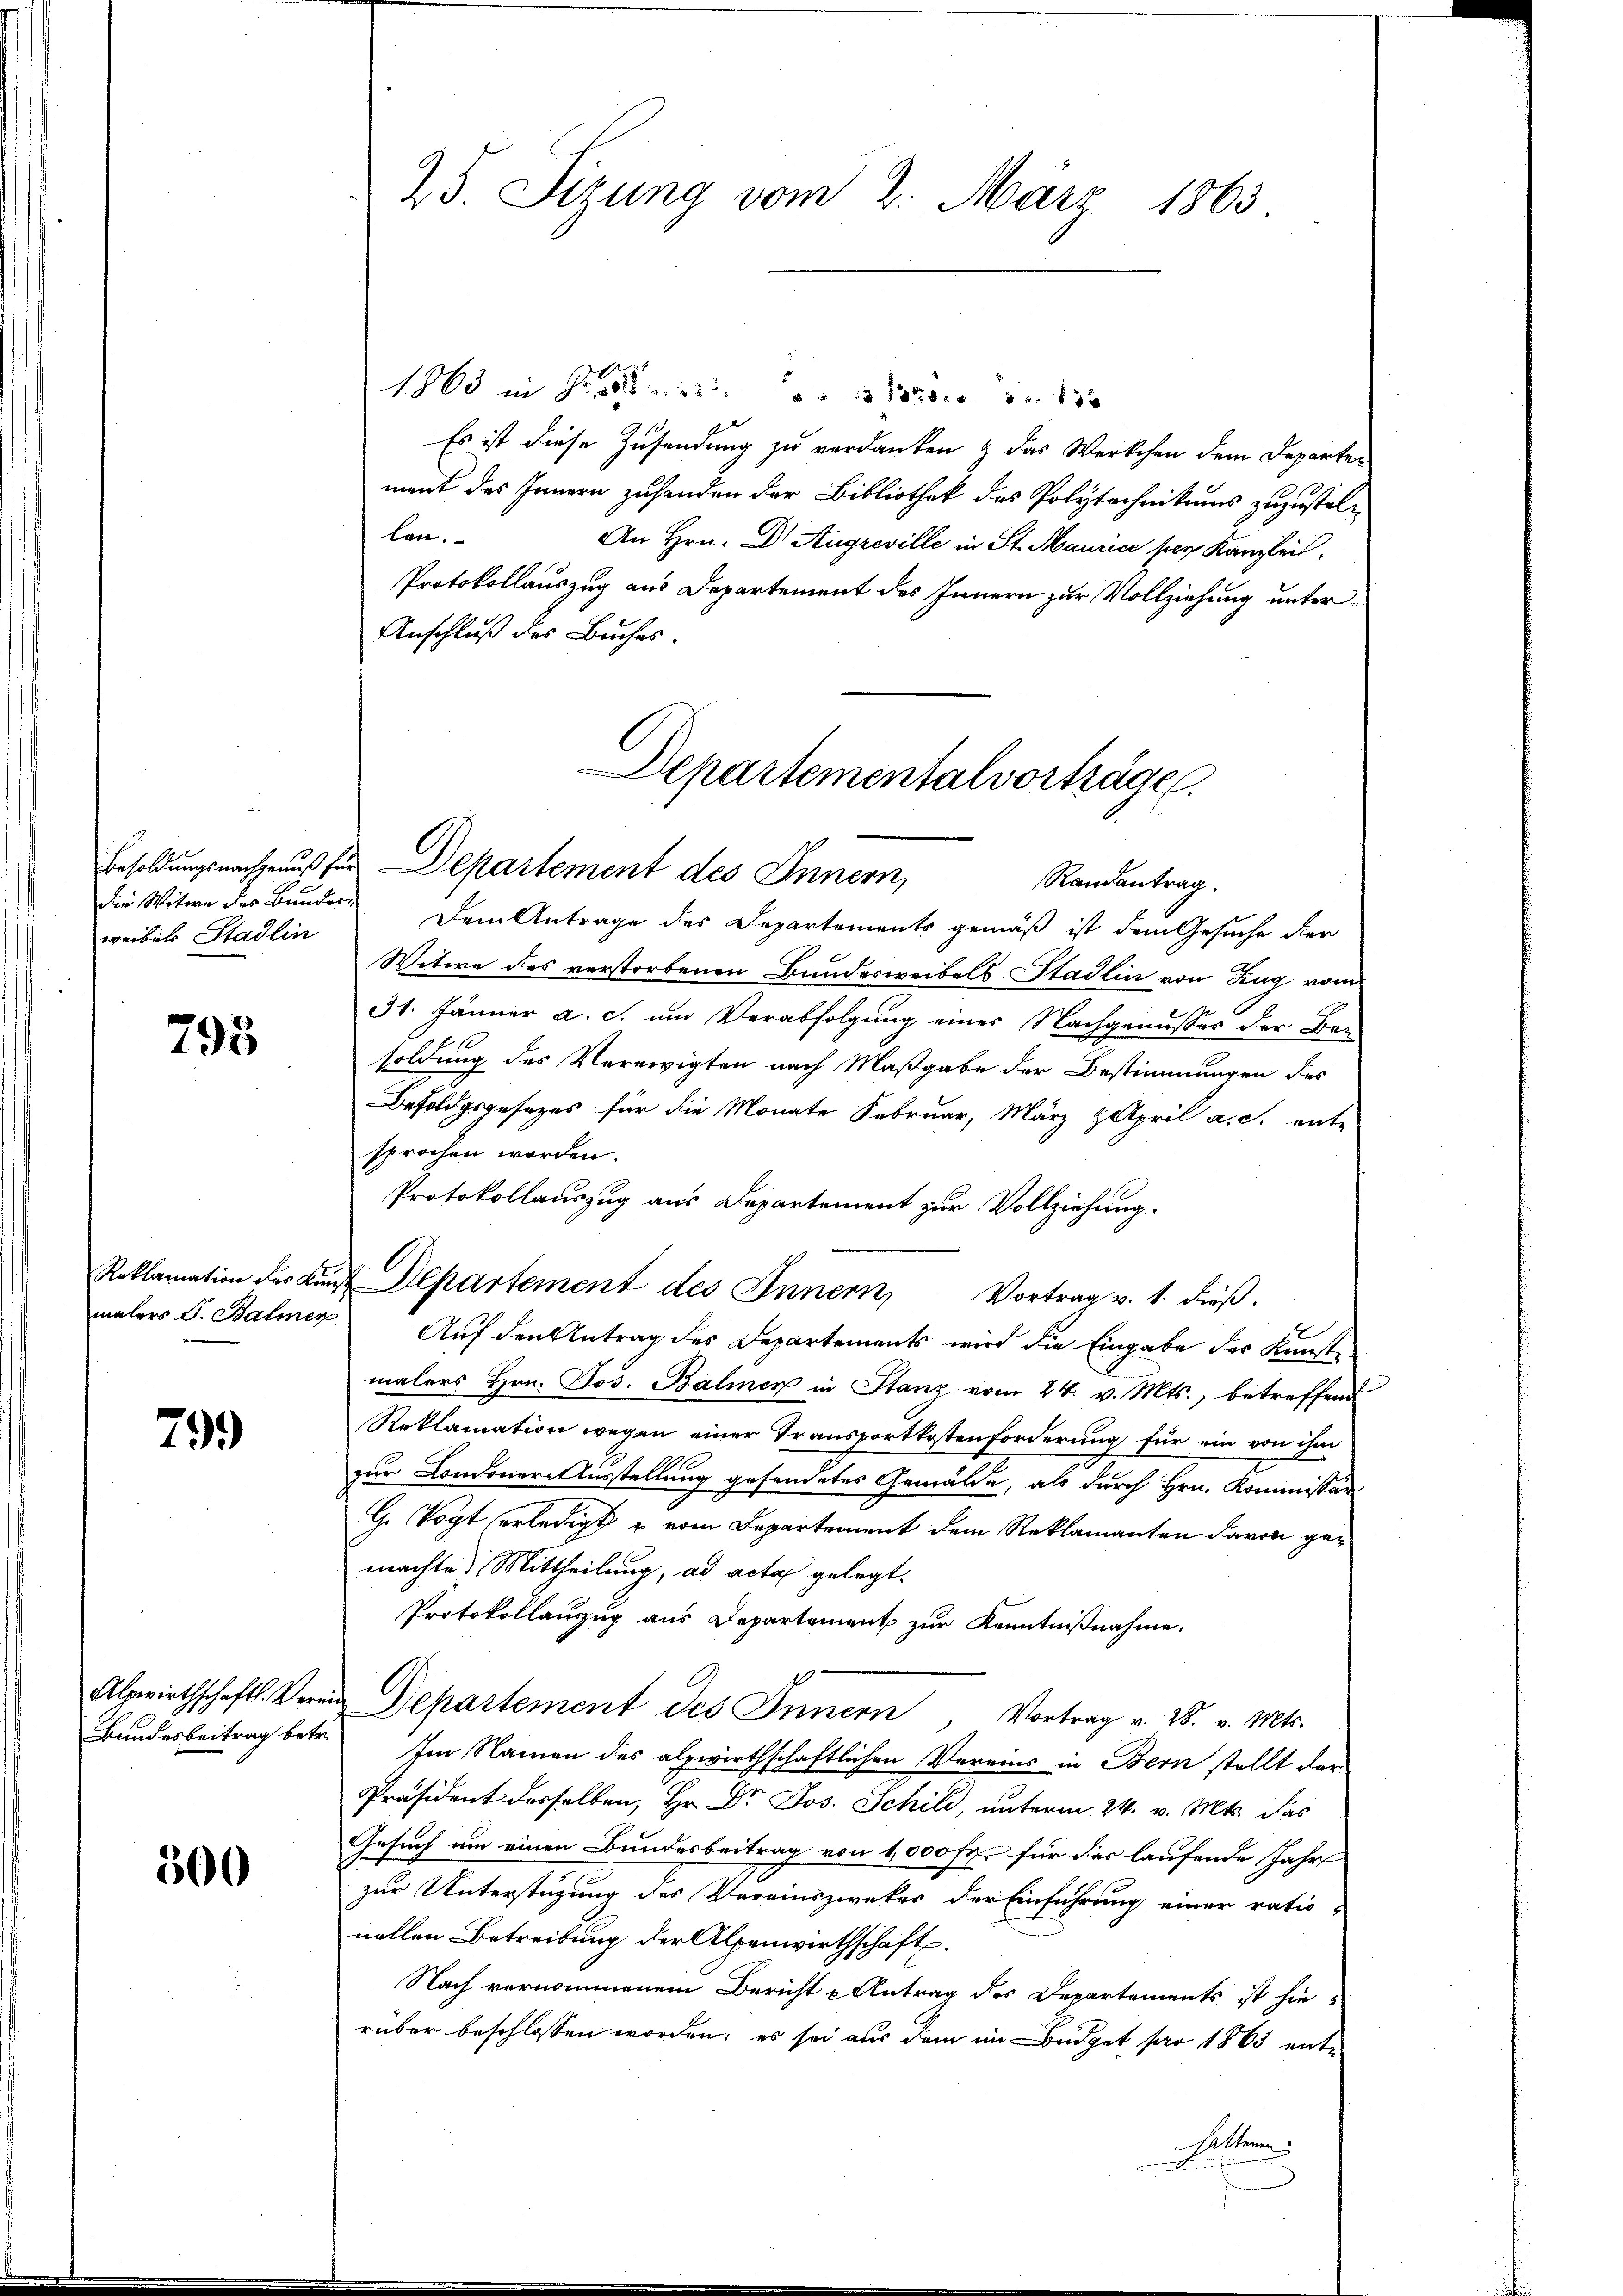
weibels Stadlin

795

799

300

1863 in
Es ist diese Zusendung zu verdanken & das Werkchen dem Departen
ment das Innern zusenden der Bibliothek des Polytechnikums zuzustellen.
An Hrn. Dr. Augreville in St. Maurice per Kanzleit¬
Protokollauszug aus Departement des Innern zur Vollziehung unter
Anschluß des Buches.
Departementalvorträge.

25. Sizung vom 2. März 1863.

Besoldungsnachgenuß für Departement des Innern,
Randantrag

die Witwe des Bunder Dem Antrage des Departements gemäß ist dem Gesuche der
Witwe des verstorbenen Bundesweibels Stadlin von Zug vom
31. Jänner a. c. um Verabfolgung einer Nachgenusses der Bensoldung des Verewigten nach Maßgabe der Bestimmungen des
Befoldgsgesezes für die Monate Februar, März & April a. c. ente
sprochen worden.
Protokollauszug aus Departement zur Vollziehung.
Reklamation des Kauf Departement des Innern, Vortrag v. 1. dieβ.
malers d. Balmer Auf den Antrag des Departements wird die Eingabe der Kunst-
malers Hrn. Jos. Balmer in Stanz vom 24. v. Mts., betreffend
Reklamation wegen einer Transportkostenforderung für ein von ihm
zur Londoner-Ausstellung gesendetes Gemälde, als durch Hrn. Kommissär
G. Vogt erledigt u vom Departement dem Reklamanten davon gemachte Mittheilung, ad acta gelegt.
Protokollauzug aus Departement zur Kenntnißnahme.
Alpwirthschaft. Verein Departement des Innern, Vortrag v. 28. v. Mts.
Bundesbeitrag betr. Im Namen des alzwirthschaftlichen Vereins in Bern stellt der
Präsident desselben, Hr. Dr Jos. Schild, unterm 24. v. Mts. das
Gesuch um einen Bundesbeitrag von 1,000 Fr. für das laufende Jahr
zur Unterstüzung des Vereinszwecker der Einführung einer ratio-
nellen Betreibung der Alpenwirthschaft.
Nach vernommenem Bericht u Antrag des Departements ist hierüber beschlossen worden; es sei aus dem im Büdget par 1865 enthaltenen.